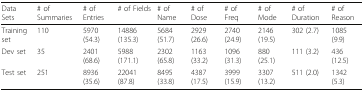
| Data Sets | # of Summaries | # of Entries | # of Fields | # of Name | # of Dose | # of Freq | # of Mode | # of Duration | # of Reason |
 | --- | --- | --- | --- | --- | --- | --- | --- | --- | --- |
 | Training set | 110 | 5970 (54.3) | 14886 (135.3) | 5684 (51.7) | 2929 (26.6) | 2740 (24.9) | 2146 (19.5) | 302 (2.7) | 1085 (9.9) |
 | Dev set | 35 | 2401 (68.6) | 5988 (171.1) | 2302 (65.8) | 1163 (33.2) | 1096 (31.3) | 880 (25.1) | 111 (3.2) | 436 (12.5) |
 | Test set | 251 | 8936 (35.6) | 22041 (87.8) | 8495 (33.8) | 4387 (17.5) | 3999 (15.9) | 3307 (13.2) | 511 (2.0) | 1342 (5.3) |